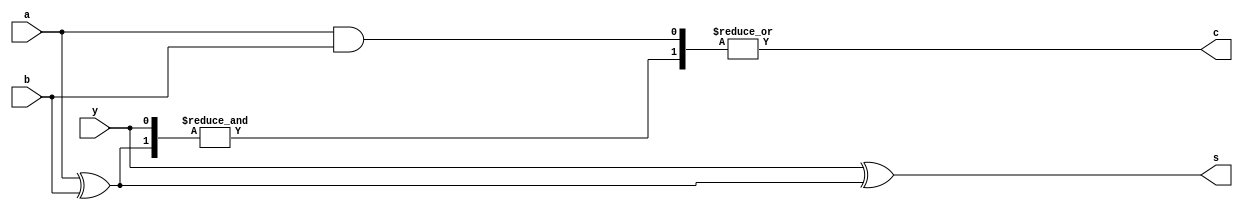
`default_nettype none
`timescale 1ns/1ps

// Comment me out for the generator method below
//`define USE_SYNTH_METHOD 1

//
//  The purpose of this is to achieve the same results as a ripple carry adder
//   by trading gate count (increase) to gain a lower propagaton delay.
//  This is especially useful when the WIDTH increases.
//
module carry_look_ahead #(
    // Carry Look Ahead
    parameter	WIDTH = 1
) (
    input	[WIDTH-1:0]	a,
    input	[WIDTH-1:0]	b,
    input			y,

    output			c,
    output	[WIDTH-1:0]	s
);

`ifdef USE_SYNTH_METHOD

    // Verilog synthesis will perform the operation with some syntactic sugar
    assign {c, s} = a + b + y;

    //assign c = (a & b) | (b & y) | (a & y);
    //assign s = (a^b)^y;

`else

    wire [WIDTH-1+1:0] carry;	// +2 due to generate use (carry-in and carry-out)
    wire [WIDTH-1:0] p;
    wire [WIDTH-1:0] g;

    assign carry[0] = y;	// C0: carry-in

    genvar gena;
    genvar geno;
    genvar genp;
    genvar genpp;
    genvar genc;
    generate //: gencarry
        for (genc = 0; genc < WIDTH; genc = genc + 1) begin			// loop WIDTH times, from 0 (carry bit position)

            //assign {carry[genc], s[genc]} = a[genc] + b[genc] + carry[genc];
            
            // This looks like a half adder to me
            assign g[genc] = a[genc] & b[genc];		// HA: carry
            assign p[genc] = a[genc] ^ b[genc];		// HA: sum

            wire [genc+1:0] otmp;		// or
            wire [genc+1:0] atmp [genc+2:0];	// and
            wire [genc+1:0] ares;		// N-input AND result (each AND_RES below)

            //      OR_TERM3 +         OR_TERM2 +    OR_TERM1 +       OR_TERM0
            //      AND_RES3           AND_RES2      AND_RES1         AND_RES0
            // C0 = Carry-In (from module port 'y')
            // C1 =       G0 +                                           P0 C0
            // C2 =       G1 +                          P1 G0 +       P1 P0 C0
            // C3 =       G2 +            P2 G1 +    P2 P1 G0 +    P2 P1 P0 C0
            // C4 =       G3 + P3 G2 + P3 P2 G1 + P3 P2 P1 G0 + P3 P2 P1 P0 C0 (carry-out)

            // 0-th index has C0 our P and all the others upto us
            // AND_RES0: C0
            assign atmp[0][0] = carry[0];
            for (genp = 0; genp <= genc; genp = genp + 1) begin		// loop 0..genc+1 (at least once) times, from 0
                // AND_RES0: P0 P1 P2 P3
                assign atmp[0][genp+1] = p[genp];
            end
            // AND_RES0 = C0 P0 P1 P2 P3
            assign ares[0] = &atmp[0][genc+1:0];		// N-input AND: partial bus, reduction operator

            // N-th index has G[prev] + P[next] P[next+1] ...
            for (genp = 1; genp <= genc; genp = genp + 1) begin	// loop 0 times on first, from 1 (2nd onwards AND term)
                // AND_RES1: G0
                assign atmp[genp][0] = g[genp-1];
                // genc=2 genp=1 .. genpp 2 1    => P1 P2
                // genc=2 genp=2 .. genpp 2      => P2
                // genc=3 genp=1 .. genpp 3 2 1  => P1 P2 P3
                // genc=3 genp=2 .. genpp 3 2    => P2 P3
                // genc=3 genp=3 .. genpp 3      => P3
                for (genpp = genc; genpp >= genp; genpp = genpp - 1) begin	// loop genc..0 times, from genc DECREMENT (P term)
                    // AND_RES1: P1 P2 P3
                    // genc-genpp: provides 0-based counter going up per iteration
                    assign atmp[genp][genc-genpp+1] = p[genc-genpp+genp];	// genc-genpp+1: accounts for decrementing loop, but bus must build from 0 up
                end
                // genc-genp+1 provides the correct count of inputs
                // AND_RES1 = G0 P1 P2 P3
                assign ares[genp] = &atmp[genp][genc-genp+1:0];	// N-input AND: partial bus, reduction operator
            end

            assign otmp[0] = g[genc];
            for (geno = 0; geno <= genc; geno = geno + 1) begin			// loop 0..genc+1 (at least once) times, from 0
                // verilog notation for 'apply this binary operatiion to all bits of the bus as inputs'
                // reduction operators
                assign otmp[geno+1] = &ares[geno];		// N-input AND result
            end

            // verilog notation for 'apply this binary operatiion to all bits of the bus as inputs'
            // reduction operators
            assign carry[genc+1] = |otmp[genc+1:0];	// N-input OR, partial bus, reduction operator

//            assign carry[genc+1] = (a[genc] & b[genc]) | (b[genc] & carry[genc]) | (a[genc] & carry[genc]);
//            assign s[genc] = (a[genc]^b[genc])^carry[genc];

            assign s[genc] = carry[genc] ^ p[genc];
       end
    endgenerate

    assign c = carry[WIDTH];	// carry-out

`endif

endmodule